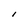
Character: l